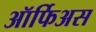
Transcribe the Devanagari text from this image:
ऑर्फिअस